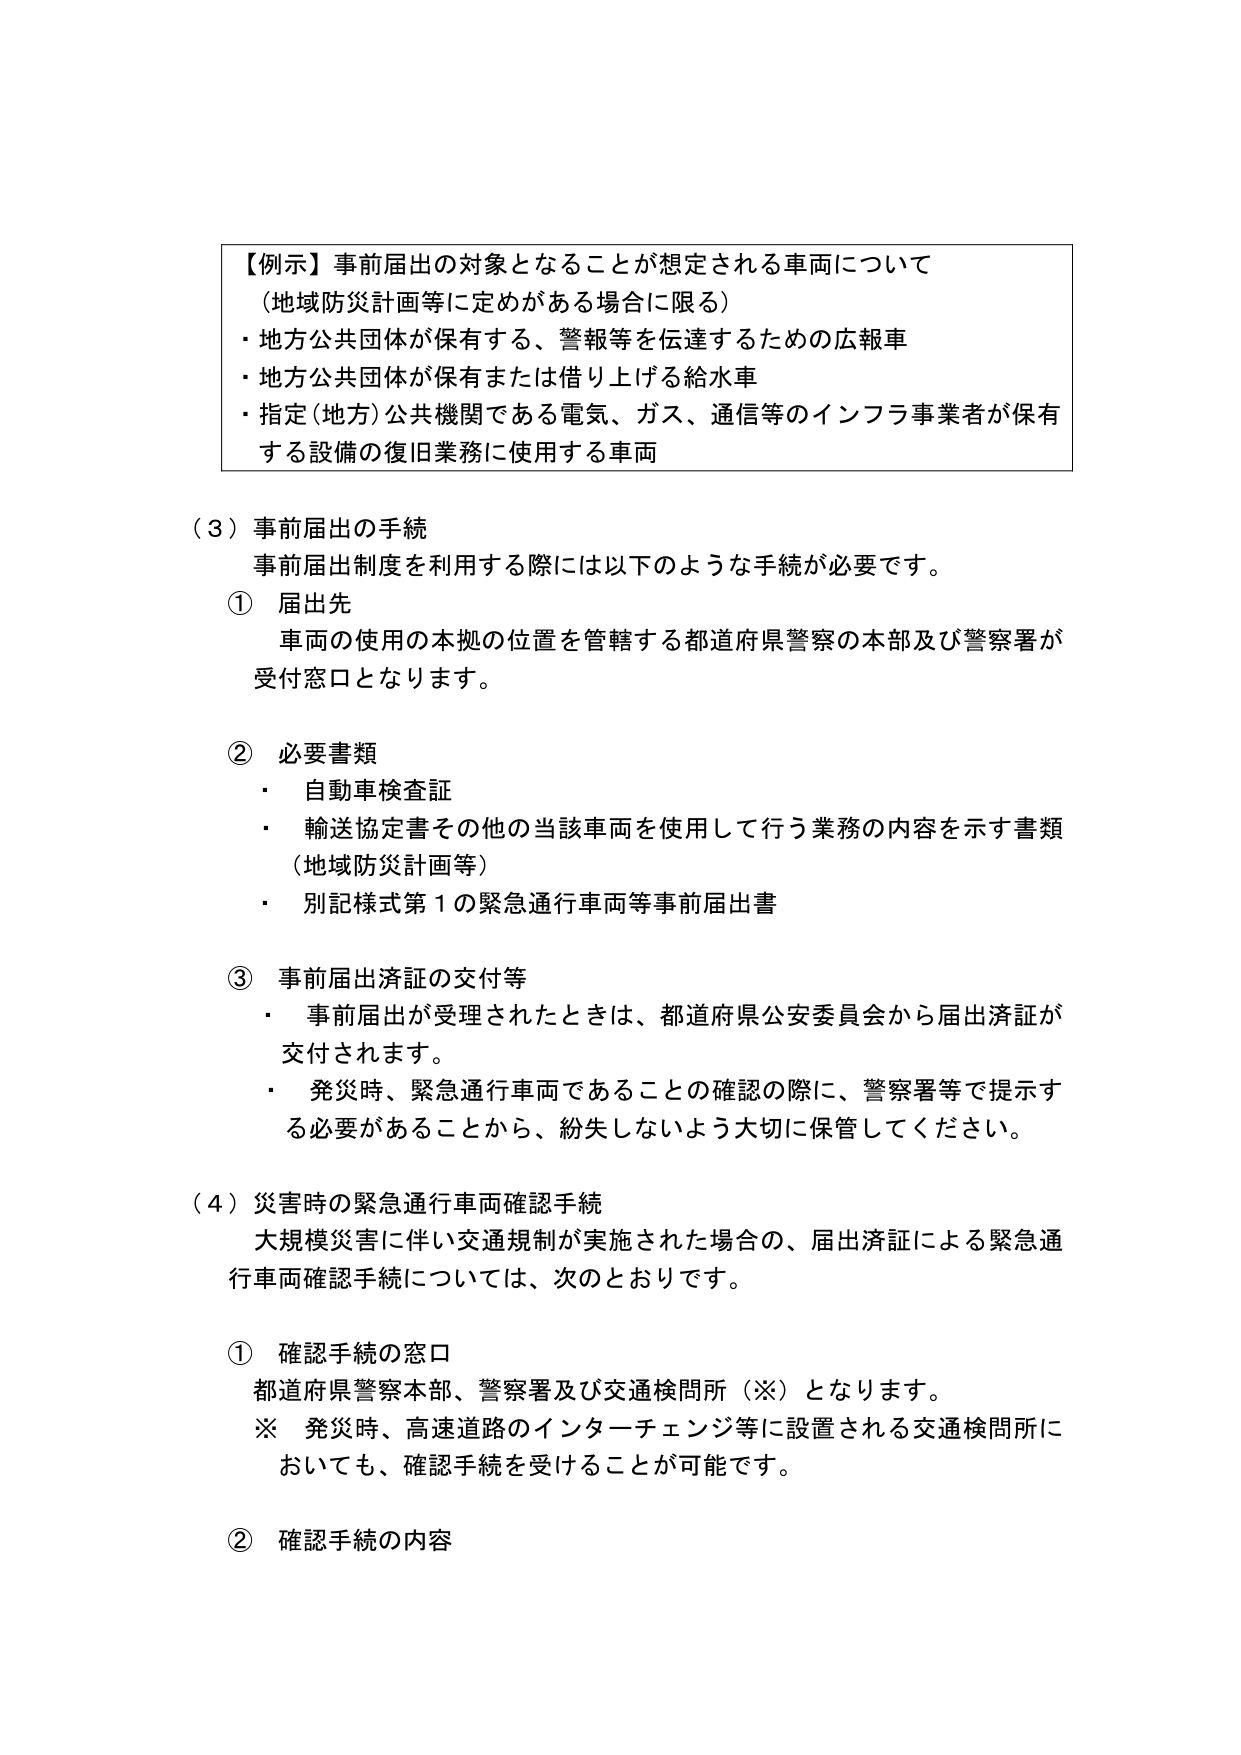
【例示】事前届出の対象となることが想定される車両について
（地域防災計画等に定めがある場合に限る）
・地方公共団体が保有する、警報等を伝達するための広報車
・地方公共団体が保有または借り上げる給水車
・指定（地方）公共機関である電気、ガス、通信等のインフラ事業者が保有する設備の復旧業務に使用する車両

（３）事前届出の手続
事前届出制度を利用する際には以下のような手続が必要です。
① 届出先
車両の使用の本拠の位置を管轄する都道府県警察の本部及び警察署が受付窓口となります。

② 必要書類
・ 自動車検査証
・ 輸送協定書その他の当該車両を使用して行う業務の内容を示す書類（地域防災計画等）
・ 別記様式第１の緊急通行車両等事前届出書

③ 事前届出済証の交付等
・ 事前届出が受理されたときは、都道府県公安委員会から届出済証が交付されます。
・ 発災時、緊急通行車両であることの確認の際に、警察署等で提示する必要があることから、紛失しないよう大切に保管してください。

（４）災害時の緊急通行車両確認手続
大規模災害に伴い交通規制が実施された場合の、届出済証による緊急通行車両確認手続については、次のとおりです。

① 確認手続の窓口
都道府県警察本部、警察署及び交通検問所（※）となります。
※ 発災時、高速道路のインターチェンジ等に設置される交通検問所においても、確認手続を受けることが可能です。

② 確認手続の内容